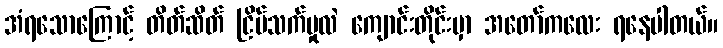
အံရသောကြောင့် တိတ်ဆိတ် ငြိမ်သက်မှုလဲ ကျောင်းတိုင်းမှာ အတော်ကလေး ရနေပါတယ်။